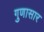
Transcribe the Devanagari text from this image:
गुणासार